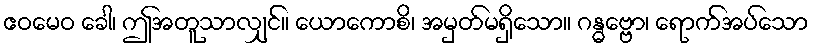
ဧဝမေဝ ခေါ၊ ဤအတူသာလျှင်။ ယောကောစိ၊ အမှတ်မရှိသော။ ဂန္ဓဗ္ဗော၊ ရောက်အပ်သော